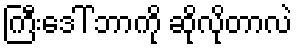
ကြီးဒေါ် ဘာကို ဆိုလိုတာလဲ